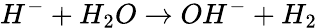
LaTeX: H^{-}+H_{2}O\rightarrow OH^{-}+H_{2}